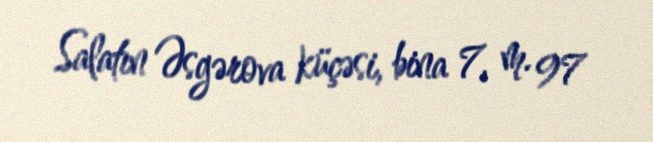
Salatın Əsgərova küçəsi, bina 7, m. 97